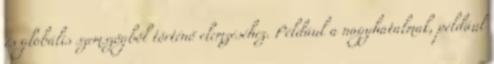
és globális szemszögből történő elemzéséhez. Például a nagyhatalmak, például